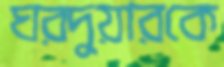
ঘরদুয়ারকে